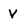
Character: V